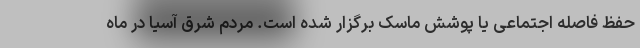
حفظ فاصله اجتماعی یا پوشش ماسک برگزار شده است. مردم شرق آسیا در ماه